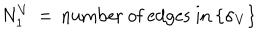
LaTeX: N _ { 1 } ^ { V } \, = \, \mathrm { n u m b e r ~ o f ~ e d g e s ~ i n } \: \{ \sigma _ { V } \}